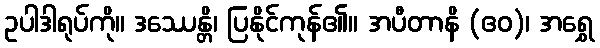
ဥပါဒါရုပ်ကို။ ဒဿေန္တိ၊ ပြနိုင်ကုန်၏။ အပီတာနိ (ဧဝ)၊ အရွှေ